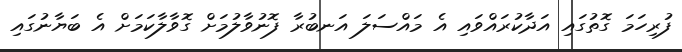
ފުރިހަމަ ގޮތުގައި އަދާކުރައްވައި އެ މައްސަލަ އަނބުރާ ފޮނުވާލުމަށް ގޮވާލާކަމަށް އެ ބަޔާނުގައި